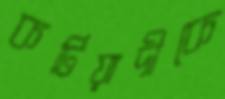
কটিয়াদীকে